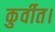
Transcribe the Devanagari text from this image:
कुर्वीत।